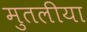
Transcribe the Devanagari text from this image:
मुतलीया